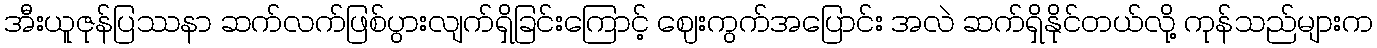
အီးယူဇုန်ပြဿနာ ဆက်လက်ဖြစ်ပွားလျက်ရှိခြင်းကြောင့် ဈေးကွက်အပြောင်း အလဲ ဆက်ရှိနိုင်တယ်လို့ ကုန်သည်များက